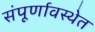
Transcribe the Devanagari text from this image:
संंपूर्णावस्थेत